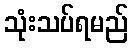
သုံးသပ်ရမည်